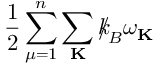
\frac { 1 } { 2 } \sum _ { \mu = 1 } ^ { n } \sum _ { \bf K } { \slash \! \! \! k } _ { \! { B } } \omega _ { \bf K }